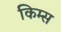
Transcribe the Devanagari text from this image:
किम्स